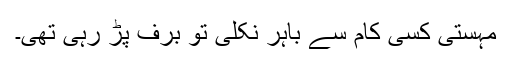
مہستی کسی کام سے باہر نکلی تو برف پڑ رہی تھی۔